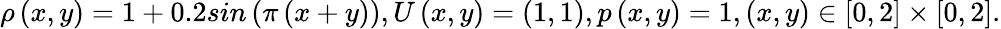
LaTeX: \rho\left(x,y\right)=1+0.2sin\left(\pi\left(x+y\right)\right),U\left(x,y\right)=\left(1,1\right),p\left(x,y\right)=1,\left(x,y\right)\in\left[0,2\right]\times\left[0,2\right].